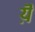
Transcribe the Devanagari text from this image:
य़ॆ